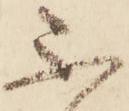
不